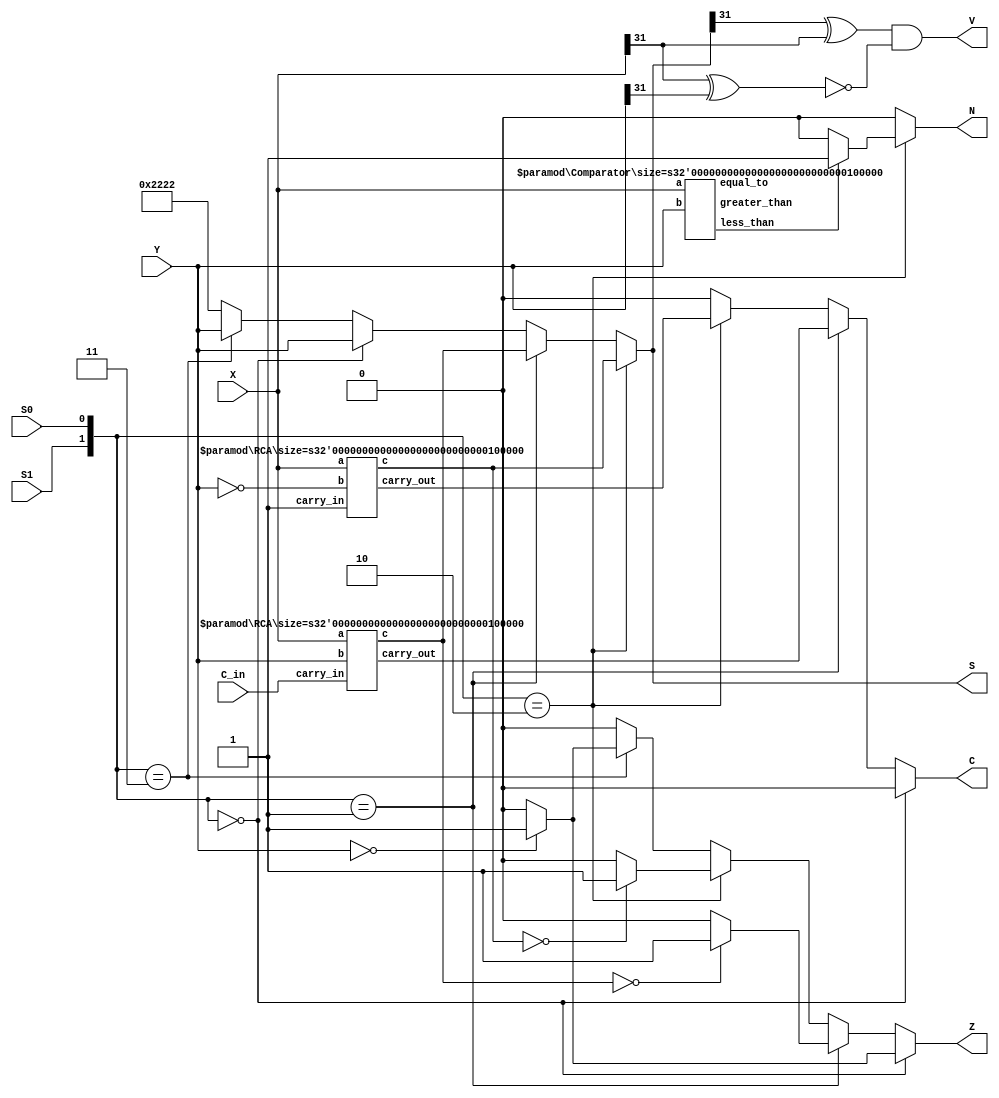
`timescale 1ns / 1ps
//////////////////////////////////////////////////////////////////////////////////
// Company: 
// Engineer: 
// 
// Design Name: 
// Module Name: ADDER
// Project Name: 
// Target Devices: 
// Tool Versions: 
// Description: 
// 
// Dependencies: 
// 
// Revision:
// Revision 0.01 - File Created
// Additional Comments:
// 
//////////////////////////////////////////////////////////////////////////////////


module ADDER#(parameter size = 32)(
    input  [size-1:0] X,Y,
    output [size-1:0] S,
    input S1,S0,
    input C_in,
    output V,C,N,Z);
    
    wire [size-1:0] res_add,res_sub,neg_y,res_subf;
    wire [1:0]selector;
    wire c_out_add, c_out_sub,c_out_subf,c_in_sub;
    wire less_than,equal_to,greater_than;
    assign neg_y = ~Y;
    assign selector = {S1,S0};
    
    defparam adder.size = size;
    RCA adder(X,Y,C_in,c_out_add,res_add);
    
    defparam subtractor.size = size;
    RCA subtractor(X,neg_y,1'b0 ,c_out_sub,res_sub);
    
    assign c_in_sub = (less_than | equal_to) ? 1'b1 : 1'b0;
    defparam f_subtractor.size = size;
    RCA f_subtractor(X, neg_y, 1'b1, c_out_subf, res_subf);    
    
    defparam comparator.size = size;
    Comparator comparator(X,Y,less_than,equal_to,greater_than);
    
    assign S = (selector == 2'b10) ? res_subf :
                (selector == 2'b01) ? res_add : 
                  (selector == 2'b00 )? Y : 
                    (selector == 2'b11) ? Y : 32'h2222; 
    assign V = (S[size-1]^X[size-1]) & ~(X[size-1]^Y[size-1]);
    assign N = ( selector == 2'b10 ? ( less_than == 1'b1 ? 1'b1 : 1'b0) : 1'b0);
    assign Z = ( selector == 2'b00 ? ( Y == 32'h0000 ? 1'b1 : 1'b0) : ( selector == 2'b01 ? ( res_add == 32'h0000 ? 1'b1 : 1'b0) : ( selector == 2'b10 ? ( res_subf == 32'h0000 ? 1'b1 : 1'b0 ) : ( selector == 2'b11 ? ( Y == 32'h0000 ? 1'b1 : 1'b0): 1'b0))));
    assign C = ( selector == 2'b00 ?  1'b0 : ( selector == 2'b01 ? c_out_add : ( selector == 2'b10 ? c_out_subf : ( selector == 2'b11 ? 1'b0 : 1'b0)))); 
    
   
endmodule

module Comparator#(parameter size = 32) (
    input [size-1:0] a,
    input [size-1:0] b,
    output reg less_than,
    output reg equal_to,
    output reg greater_than
);

always @(*) begin
    if ($signed(a) < $signed(b)) begin
        less_than = 1'b1;
        equal_to = 1'b0;
        greater_than = 1'b0;
    end else if ($unsigned(a) == $unsigned(b)) begin
        less_than = 1'b0;
        equal_to = 1'b1;
        greater_than = 1'b0;
    end else begin // a > b
        less_than = 1'b0;
        equal_to = 1'b0;
        greater_than = 1'b1;
    end
end

endmodule

module RCA#(parameter size = 32)(
    input [31:0] a,
    input [31:0] b,
    input carry_in,
    output carry_out,
    output [31:0] c
);
    wire [31:0] carry;

    genvar i;
    generate
        for (i=0; i<32; i=i+1) begin : adder_chain
            FA FA_gen (
                .a(a[i]),
                .b(b[i]),
                .carry_in(i==0 ? carry_in : carry[i-1]),
                .sum(c[i]),
                .carry_out(carry[i])
            );
        end
    endgenerate

    assign carry_out = carry[31];
   
endmodule

module FA (
    input a,
    input b,
    input carry_in,
    output sum,
    output carry_out
);
    assign sum = a ^ b ^ carry_in;
    assign carry_out = (a & b) | (carry_in & (a ^ b));
endmodule